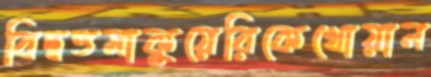
বিদ্বত্তমাকুয়েরিকেখোয়ান